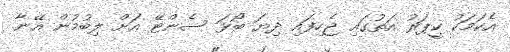
އެކަމަކު ކީޕަރު އަތުގައި ޖެހިފައި ދިޔަ ބޯޅަ ސެންޓޭ އަށް ލިބުމުން އޭނާ